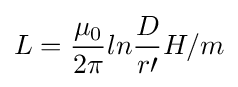
L={\frac {\mu _{0}}{2\pi }}ln{\frac {D}{r\prime }}H/m